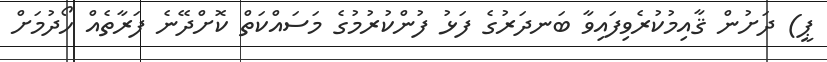
ޕީ) ދަށުން ޤާއިމުކުރެވިފައިވާ ބަނދަރުގެ ފަޅު ފުންކުރުމުގެ މަސައްކަތް ކޮށްދޭނެ ފަރާތެއް ހޯދުމަށް